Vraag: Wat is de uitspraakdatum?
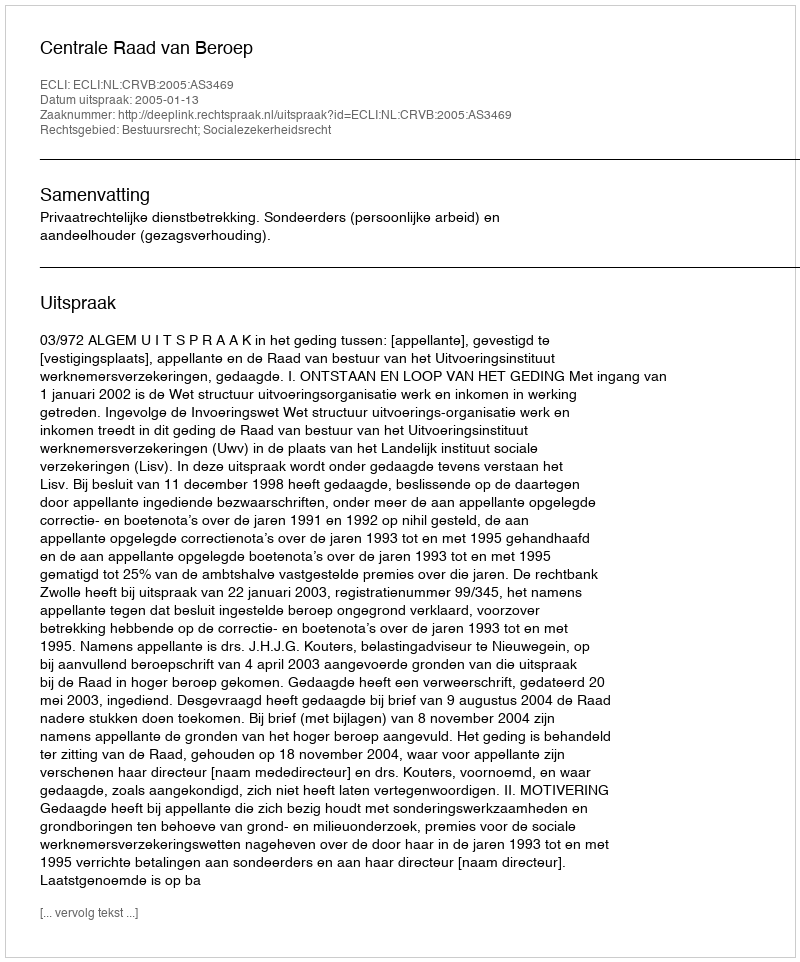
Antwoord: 2005-01-13